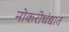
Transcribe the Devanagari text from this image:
नोकरीधंद्यात